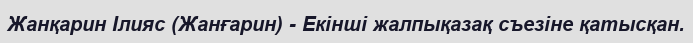
Жанқарин Ілияс (Жанғарин) - Екінші жалпықазақ съезіне қатысқан.